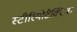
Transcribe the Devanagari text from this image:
स्टीरियोटैक्टिक